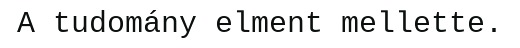
A tudomány elment mellette.